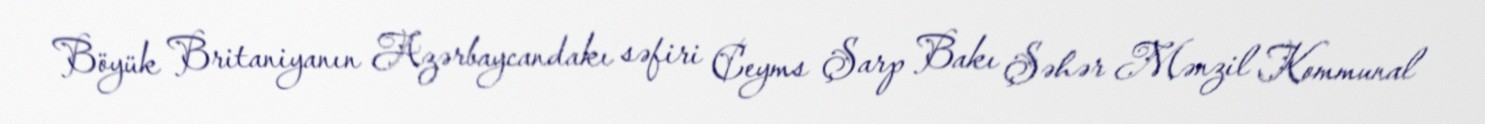
Böyük Britaniyanın Azərbaycandakı səfiri Ceyms Şarp Bakı Şəhər Mənzil Kommunal